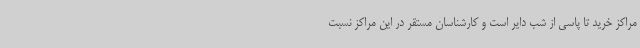
مراکز خرید تا پاسی از شب دایر است و کارشناسان مستقر در این مراکز نسبت